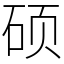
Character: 硕